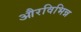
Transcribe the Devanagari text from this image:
औरविभिन्न